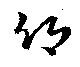
郷